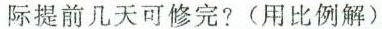
际提前几天可修完?(用比例解)